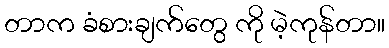
တာက ခံစားချက်တွေ ကို မဲ့ကုန်တာ။